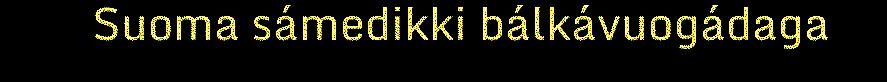
Suoma sámedikki bálkávuogádaga